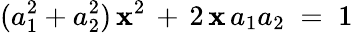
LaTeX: (a_{1}^{2}+a_{2}^{2})\, \mathbf{x}^{2}\, +\, 2\, \mathbf{x}\, a_{1}a_{2}\; =\; 1